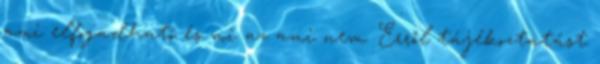
ami elfogadható és mi az ami nem. Erről tájékoztatást